Annual report of the Punjab Veterinary College and of the Civil Veterinary Department, Punjab - 1926-1932
Year: 1926
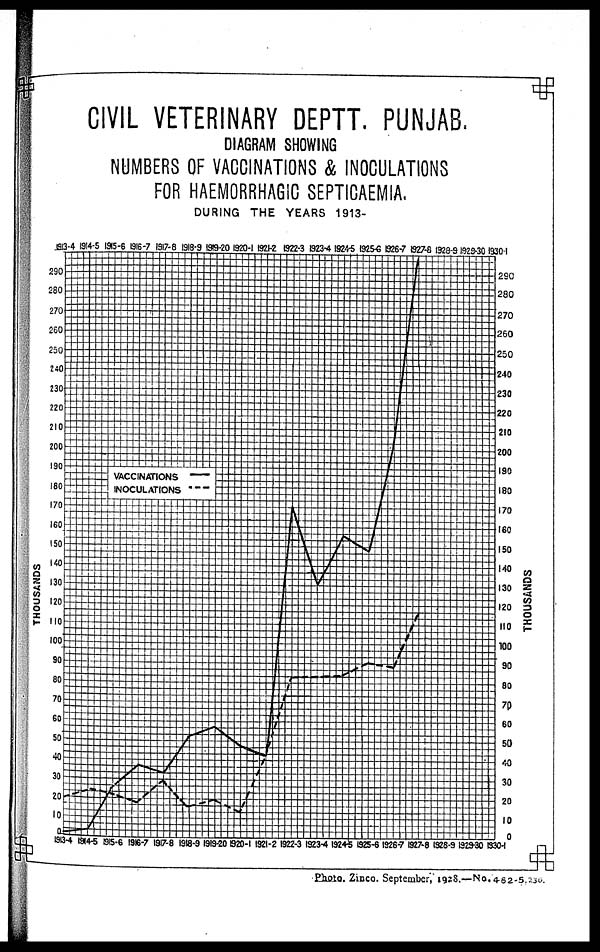
CIVIL VETERINARY DEPTT. PUNJAB.
DIAGRAM SHOWING
NUMBERS OF VACCINATIONS & INOCULATIONS
FOR HAEMORRHAGIC SEPTICAEMIA.
DURING THE YEARS 1913-
Photo. Zinco. September, 1928—No.462-5, 235